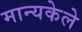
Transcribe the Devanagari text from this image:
मान्यकेले